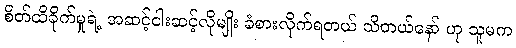
စိတ်ထိခိုက်မှုရဲ့ အဆင့်ငါးဆင့်လိုမျိုး ခံစားလိုက်ရတယ် သိတယ်နော် ဟု သူမက